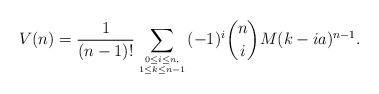
LaTeX: \begin{align*}V(n) =\frac{1}{(n-1)!}\sum_{0\le i \le n,\atop1\le k\le n-1}(-1)^i{n\choose i}M(k-ia)^{n-1}.\end{align*}